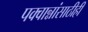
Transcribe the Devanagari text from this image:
पक्वान्नांसाठीही